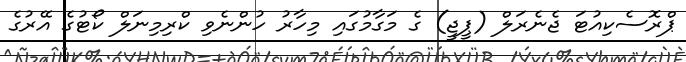
ޕްރޮސެކިއުޓަ ޖެނެރަލް (ޕީޖީ) ގެ މަގާމުގައި މިހާރު ހުންނެވި ކްރިމިނަލް ކޯޓުގެ އޭރުގެ